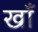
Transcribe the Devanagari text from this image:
खॉं